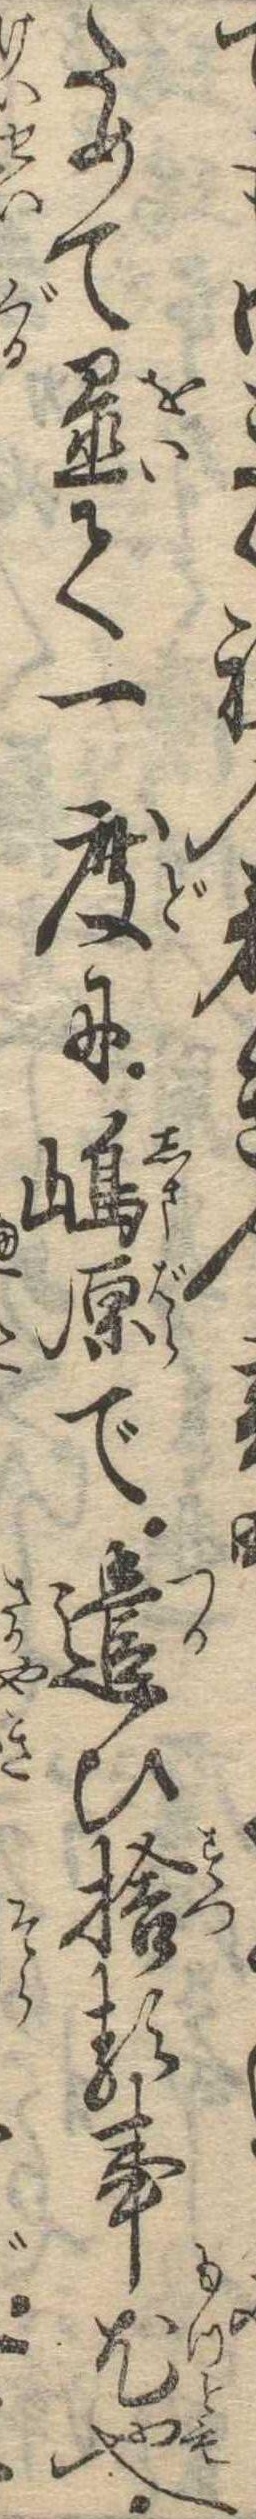
ての若きためて置て一度に島原で遣ひ捨る事尤也